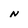
Character: N